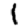
Digit: 1